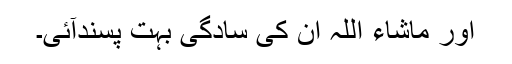
اور ماشاء اللہ ان کی سادگی بہت پسندآئی۔